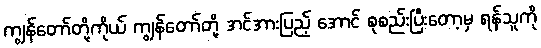
ကျွန်တော်တို့ကိုယ် ကျွန်တော်တို့ အင်အားပြည့် အောင် စုစည်းပြီးတော့မှ ရန်သူကို